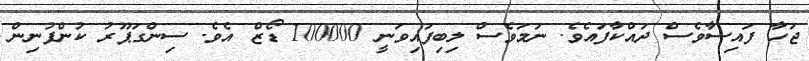
ޖަހާ ފައިސާވެސް ދައްކާފައެވެ. ނަމަވެސް ލިބިފައިވަނީ 100000 ޑޯޒް އެވެ. ސިންގަޕޫރު ކުންފުނިން